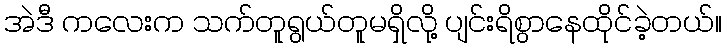
အဲဒီ ကလေးက သက်တူရွယ်တူမရှိလို့ ပျင်းရိစွာနေထိုင်ခဲ့တယ်။